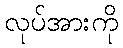
လုပ်အားကို